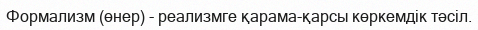
Формализм (өнер) - реализмге қарама-қарсы көркемдік тәсіл.